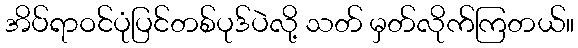
အိပ်ရာဝင်ပုံပြင်တစ်ပုဒ်ပဲလို့ သတ် မှတ်လိုက်ကြတယ်။